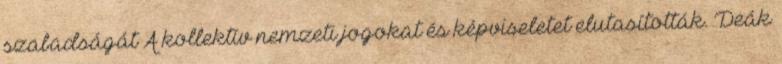
szabadságát A kollektív nemzeti jogokat és képviseletet elutasították. Deák